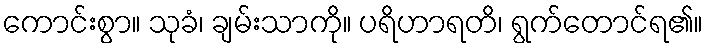
ကောင်းစွာ။ သုခံ၊ ချမ်းသာကို။ ပရိဟာရတိ၊ ရွက်တောင်ရ၏။